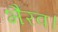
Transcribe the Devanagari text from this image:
भैरव।